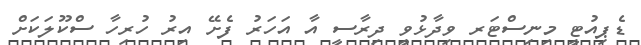
ޑެޕިއުޓީ މިނިސްޓަރ ވިދާޅުވީ ދިރާސީ އާ އަހަރު ފެށޭ އިރު ހުރިހާ ސްކޫލަކަށް